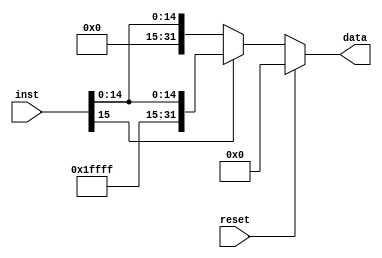
`timescale 1ns / 1ps
//////////////////////////////////////////////////////////////////////////////////
// Company: 
// Engineer: 
// 
// Design Name: 
// Module Name:    signext 
// Project Name: 
// Target Devices: 
// Tool versions: 
// Description: 
//
// Dependencies: 
//
// Revision: 
// Revision 0.01 - File Created
// Additional Comments: 
//
//////////////////////////////////////////////////////////////////////////////////
module signext(
    input [15:0] inst,
	 input reset,
    output reg [31:0] data
    );
	always @ (inst or reset)
	begin 
	if(reset)
		data=0;
		else if (inst[15] == 0)
			data = {16'b0000000000000000,inst};
		else
			data = {16'b1111111111111111,inst};
		end

endmodule